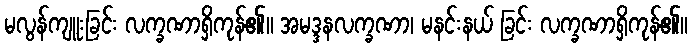
မလွန်ကျူးခြင်း လက္ခဏာရှိကုန်၏။ အမဒ္ဒနလက္ခဏာ၊ မနင်းနယ် ခြင်း လက္ခဏာရှိကုန်၏။